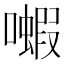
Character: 𫬗